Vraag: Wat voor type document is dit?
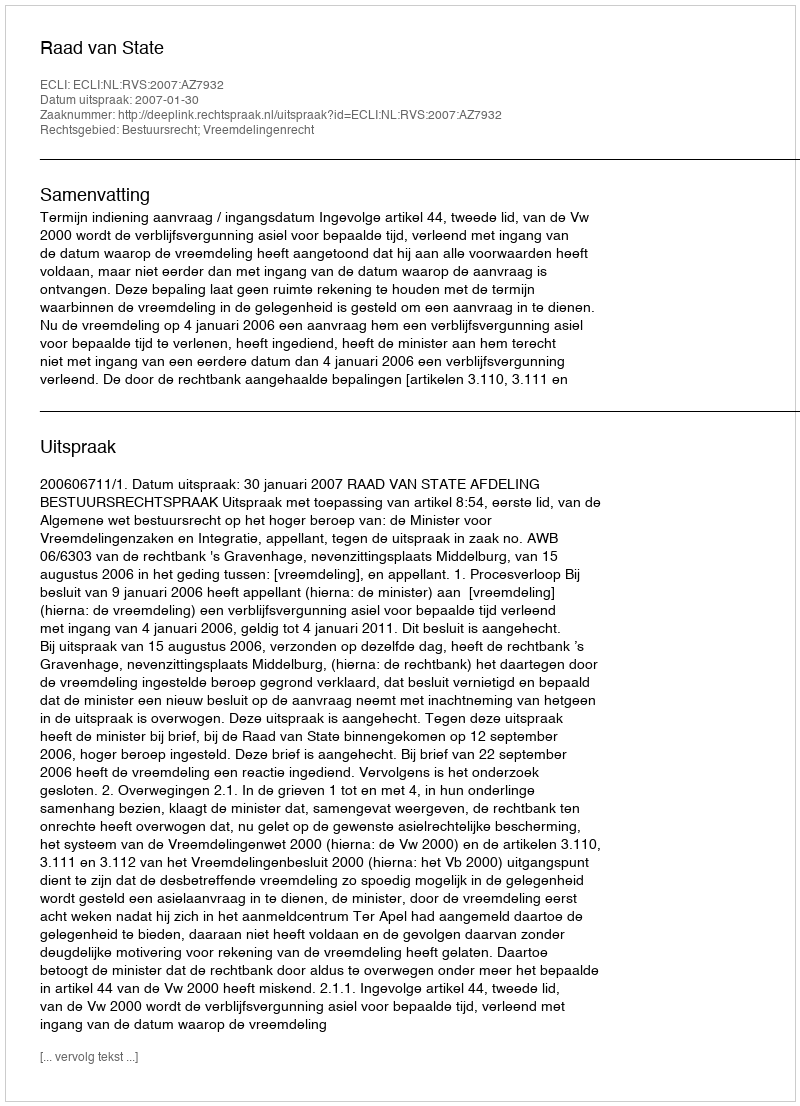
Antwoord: Uitspraak